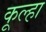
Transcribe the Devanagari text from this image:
कूल्‍हा